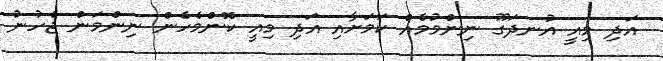
އަދި މިއީ އުނދަގޫ ނިންމުމެއް ކަމަށާއި އަދި މިއީ ކޮންމެހެން ނިންމަން ޖެހުނު